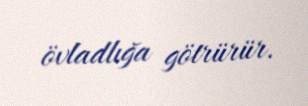
övladlığa götrürür.